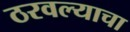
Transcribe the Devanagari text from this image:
ठरवल्याचा